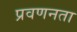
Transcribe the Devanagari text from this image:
प्रवणनता